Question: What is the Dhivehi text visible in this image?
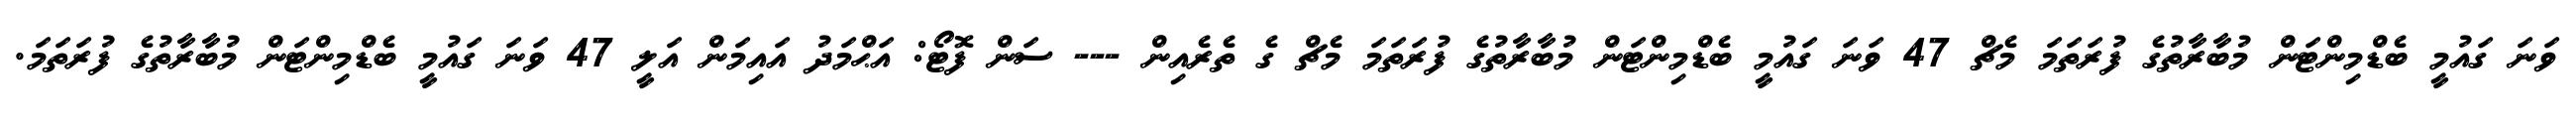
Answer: ވަނަ ގައުމީ ބެޑްމިންޓަން މުބާރާތުގެ ފުރަތަމަ މެޗް 47 ވަނަ ގައުމީ ބެޑްމިންޓަން މުބާރާތުގެ ފުރަތަމަ މެޗް ގެ ތެރެއިން --- ސަން ފޮޓޯ: އަޙްމަދު އައިމަން އަލީ 47 ވަނަ ގައުމީ ބެޑްމިންޓަން މުބާރާތުގެ ފުރަތަމަ.